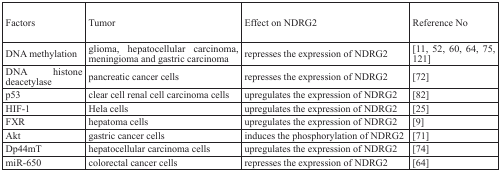
<table><thead><tr><td><b>Factors</b></td><td><b>Tumor</b></td><td><b>Effect on NDRG2</b></td><td><b>Reference No</b></td></tr></thead><tbody><tr><td>DNA methylation</td><td>glioma, hepatocellular carcinoma, meningioma and gastric carcinoma</td><td>represses the expression of NDRG2</td><td>[11, 52, 60, 64, 75, 121]</td></tr><tr><td>DNA histone deacetylase</td><td>pancreatic cancer cells</td><td>represses the expression of NDRG2</td><td>[72]</td></tr><tr><td>p53</td><td>clear cell renal cell carcinoma cells</td><td>upregulates the expression of NDRG2</td><td>[82]</td></tr><tr><td>HIF-1</td><td>Hela cells</td><td>upregulates the expression of NDRG2</td><td>[25]</td></tr><tr><td>FXR</td><td>hepatoma cells</td><td>upregulates the expression of NDRG2</td><td>[9]</td></tr><tr><td>Akt</td><td>gastric cancer cells</td><td>induces the phosphorylation of NDRG2</td><td>[71]</td></tr><tr><td>Dp44mT</td><td>hepatocellular carcinoma cells</td><td>upregulates the expression of NDRG2</td><td>[74]</td></tr><tr><td>miR-650</td><td>colorectal cancer cells</td><td>represses the expression of NDRG2</td><td>[64]</td></tr></tbody></table>